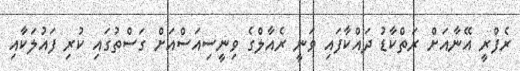
ރެފްރީ އޭނާއަށް ރަތްކާޑު ދައްކާފައި ވަނީ ރެއާލްގެ ވިނީސިއަސްއަށް ގަސްތުގައި ކުރި ފައުލަކާއި